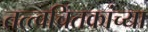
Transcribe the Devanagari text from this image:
तत्त्वचिंतकांच्या